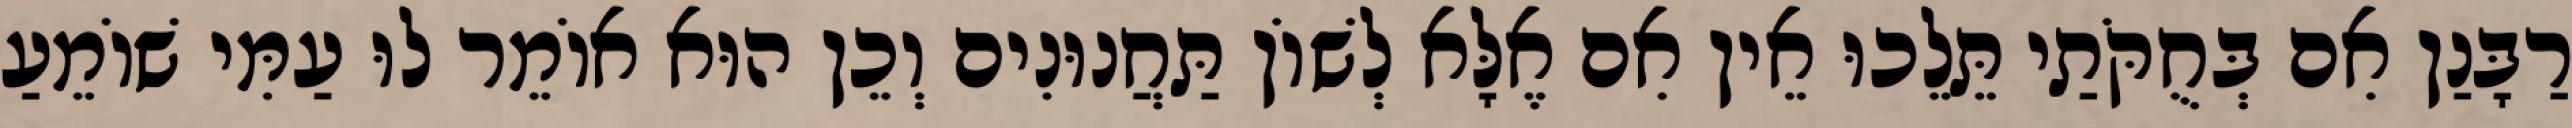
רַבָּנַן אִם בְּחֻקֹּתַי תֵּלֵכוּ אֵין אִם אֶלָּא לְשׁוֹן תַּחֲנוּנִים וְכֵן הוּא אוֹמֵר לוּ עַמִּי שׁוֹמֵעַ